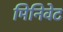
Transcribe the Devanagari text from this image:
मिनिवेट